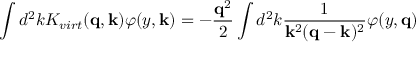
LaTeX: \int d ^ { 2 } k K _ { v i r t } ( { \bf q } , { \bf k } ) \varphi ( y , { \bf k } ) = - { \frac { { \bf q } ^ { 2 } } { 2 } } \int d ^ { 2 } k { \frac { 1 } { { \bf k } ^ { 2 } ( { \bf q } - { \bf k } ) ^ { 2 } } } \varphi ( y , { \bf q } )